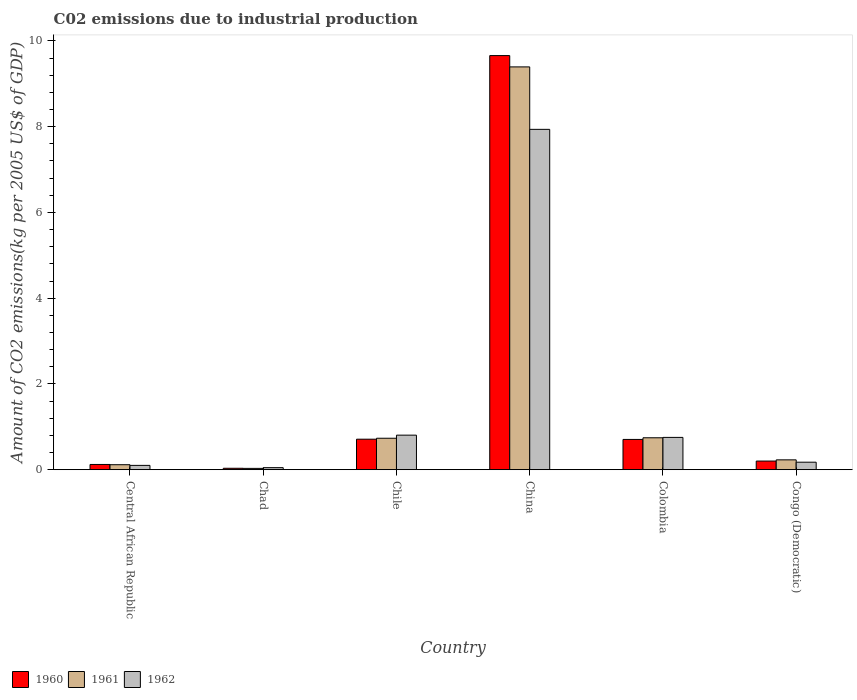
| Country | 1960 | 1961 | 1962 |
 | --- | --- | --- | --- |
 | Central African Republic | 0.122 | 0.116 | 0.101 |
 | Chad | 0.0333 | 0.0306 | 0.0478 |
 | Chile | 0.711 | 0.734 | 0.806 |
 | China | 9.66 | 9.39 | 7.94 |
 | Colombia | 0.706 | 0.744 | 0.753 |
 | Congo (Democratic) | 0.202 | 0.23 | 0.175 |